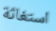
استغاثة